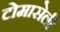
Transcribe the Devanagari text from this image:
टोमासेली